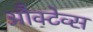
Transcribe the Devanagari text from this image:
औक्टेव्स